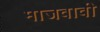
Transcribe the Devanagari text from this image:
माजवावी